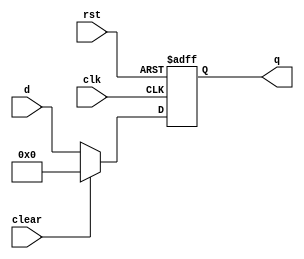
// This program was cloned from: https://github.com/lvyufeng/step_into_mips
// License: MIT License

`timescale 1ns / 1ps
//////////////////////////////////////////////////////////////////////////////////
// Company: 
// Engineer: 
// 
// Design Name: 
// Module Name: floprc
// Project Name: 
// Target Devices: 
// Tool Versions: 
// Description: 
// 
// Dependencies: 
// 
// Revision:
// Revision 0.01 - File Created
// Additional Comments:
// 
//////////////////////////////////////////////////////////////////////////////////


module floprc #(parameter WIDTH = 8)(
	input wire clk,rst,clear,
	input wire[WIDTH-1:0] d,
	output reg[WIDTH-1:0] q
    );

	always @(posedge clk,posedge rst) begin
		if(rst) begin
			q <= 0;
		end else if (clear)begin
			q <= 0;
		end else begin 
			q <= d;
		end
	end
endmodule